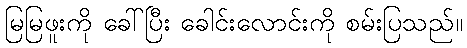
မြမြဖူးကို ခေါ်ပြီး ခေါင်းလောင်းကို စမ်းပြသည်။